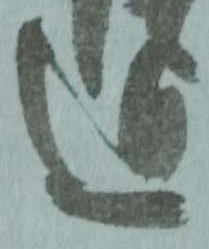
近